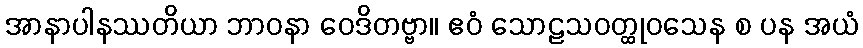
အာနာပါနဿတိယာ ဘာဝနာ ဝေဒိတဗ္ဗာ။ ဧဝံ သောဠသဝတ္ထုဝသေန စ ပန အယံ